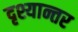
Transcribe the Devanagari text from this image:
दृश्यान्तर